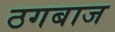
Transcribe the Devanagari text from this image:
ठगबाज